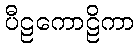
ပီဠကောဠိကာ